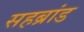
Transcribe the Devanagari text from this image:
सहब्रांड